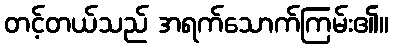
တင့်တယ်သည် အရက်သောက်ကြမ်း၏။